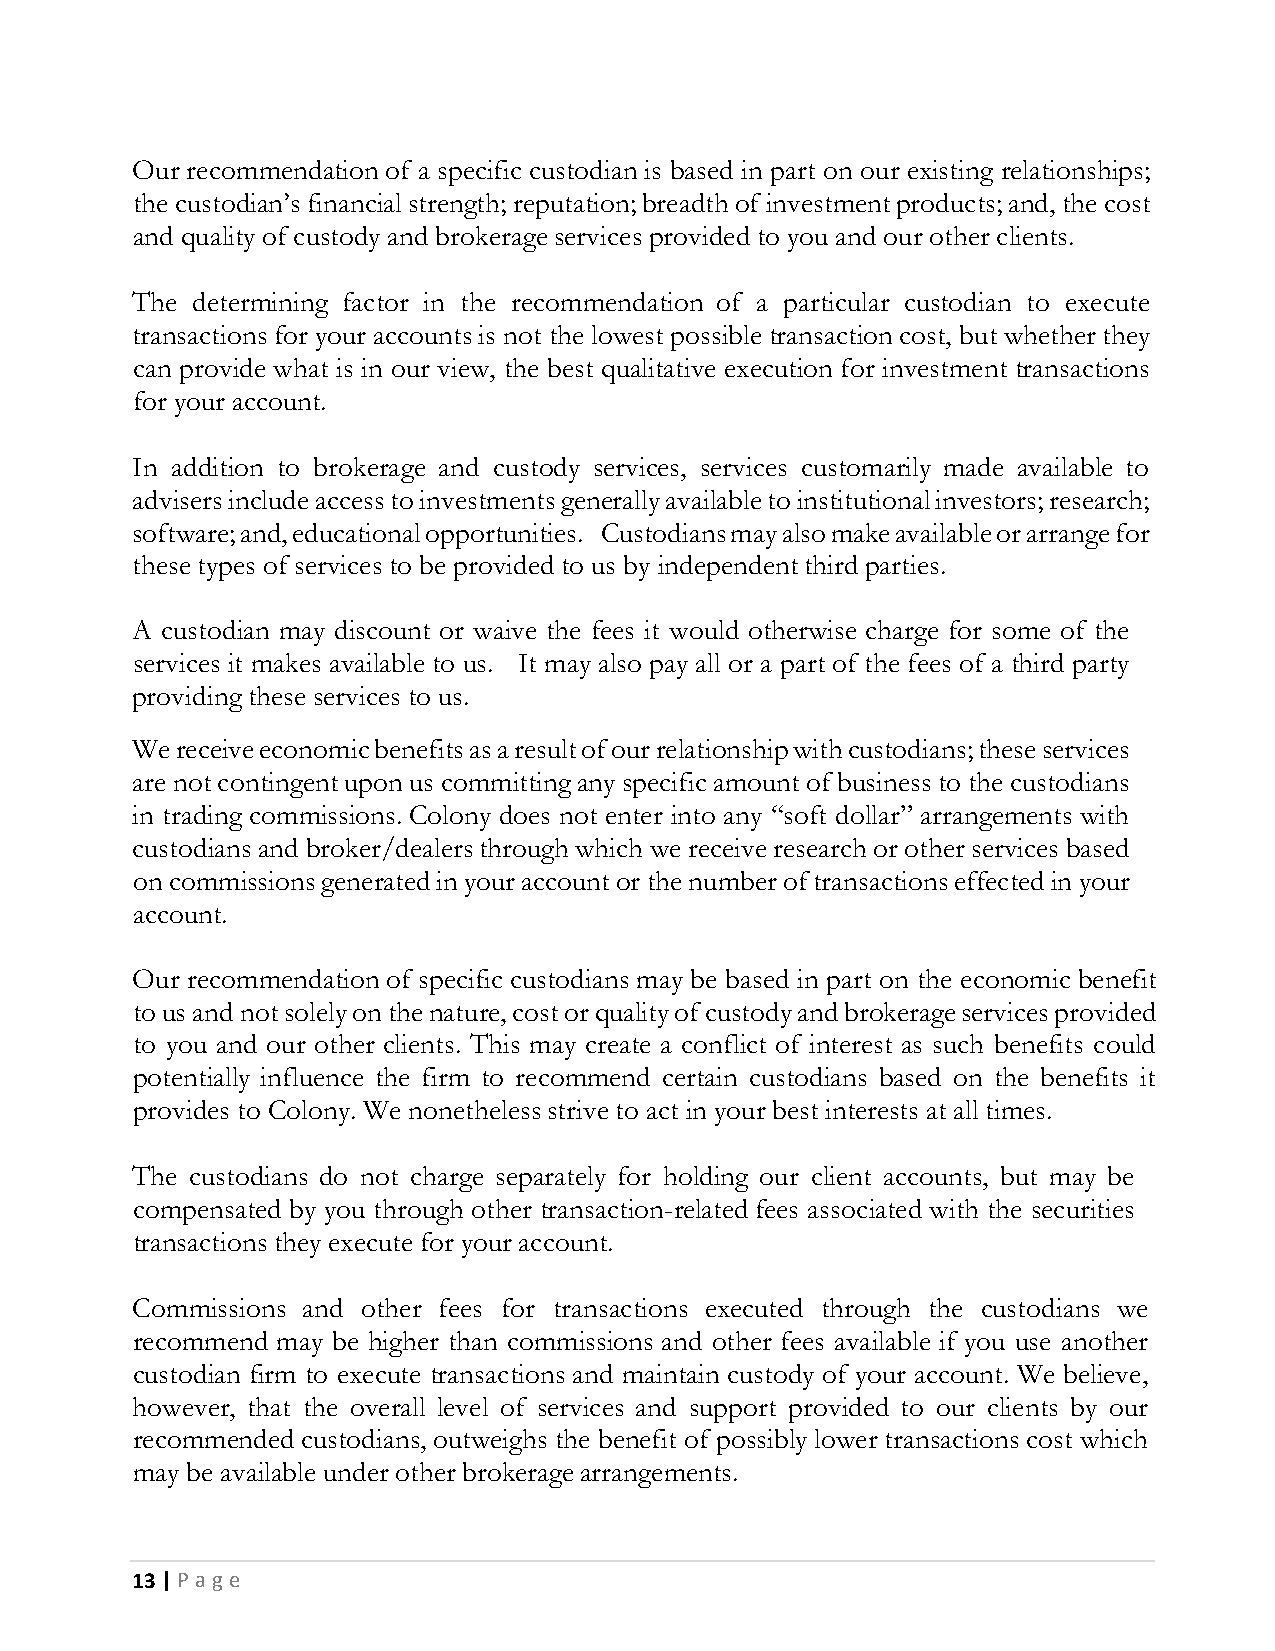
Our recommendation of a specific custodian is based in part on our existing relationships;
 the custodian’s financial strength; reputation; breadth of investment products; and, the cost
 and quality of custody and brokerage services provided to you and our other clients.
 The determining factor in the recommendation of a particular custodian to execute
 transactions for your accounts is not the lowest possible transaction cost, but whether they
 can provide what is in our view, the best qualitative execution for investment transactions
 for your account.
 In addition to brokerage and custody services, services customarily made available to
 advisers include access to investments generally available to institutional investors; research;
 software; and, educational opportunities. Custodians may also make available or arrange for
 these types of services to be provided to us by independent third parties.
 A custodian may discount or waive the fees it would otherwise charge for some of the
 services it makes available to us. It may also pay all or a part of the fees of a third party
 providing these services to us.
 We receive economic benefits as a result of our relationship with custodians; these services
 are not contingent upon us committing any specific amount of business to the custodians
 in trading commissions. Colony does not enter into any “soft dollar” arrangements with
 custodians and broker/dealers through which we receive research or other services based
 on commissions generated in your account or the number of transactions effected in your
 account.
 Our recommendation of specific custodians may be based in part on the economic benefit
 to us and not solely on the nature, cost or quality of custody and brokerage services provided
 to you and our other clients. This may create a conflict of interest as such benefits could
 potentially influence the firm to recommend certain custodians based on the benefits it
 provides to Colony. We nonetheless strive to act in your best interests at all times.
 The custodians do not charge separately for holding our client accounts, but may be
 compensated by you through other transaction-related fees associated with the securities
 transactions they execute for your account.
 Commissions and other fees for transactions executed through the custodians we
 recommend may be higher than commissions and other fees available if you use another
 custodian firm to execute transactions and maintain custody of your account. We believe,
 however, that the overall level of services and support provided to our clients by our
 recommended custodians, outweighs the benefit of possibly lower transactions cost which
 may be available under other brokerage arrangements.
 13 | P a g e